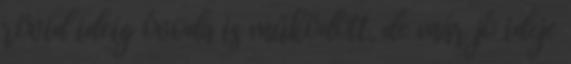
rövid ideig óvoda is működött, de már jó ideje